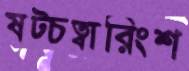
ষট্‌চত্বারিংশ